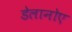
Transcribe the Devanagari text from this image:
डेलानोए